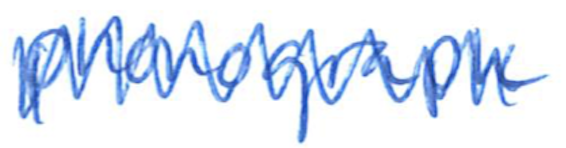
Text: phonograph
Cross-out: mix
Writing tool: ballpoint